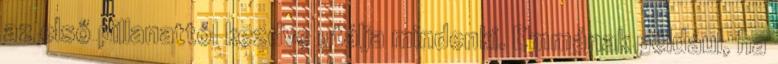
az első pillanattól kezdve utálja mindenki. Emmának például, ha